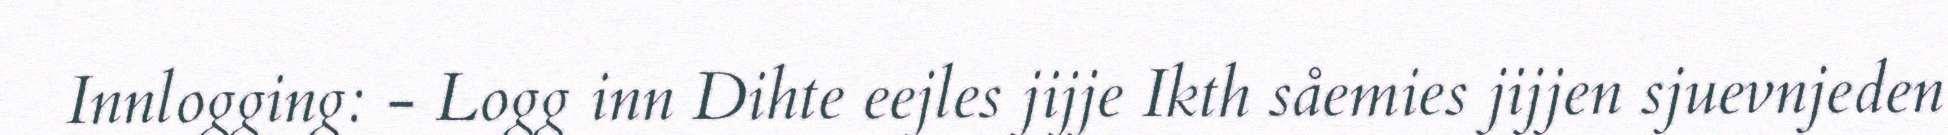
Innlogging: - Logg inn Dihte eejles jijje Ikth såemies jijjen sjuevnjeden